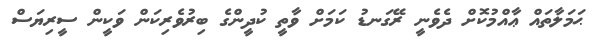
ޙަމަލާތައް ޢާއްމުކޮށް ދެވެނީ ރޭގަނޑު ކަމަށް ވާތީ ކުދީންގެ ބިރުވެރިކަން ވަކީން ސީރިޔަސް